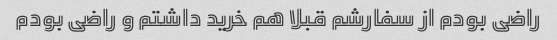
راضی بودم از سفارشم قبلا هم خرید داشتم و راضی بودم